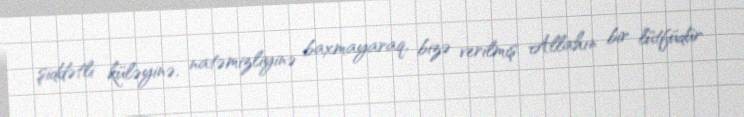
şiddətli küləyinə, natəmizliyinə baxmayaraq, bizə verilmiş Allahın bir lütfüdür